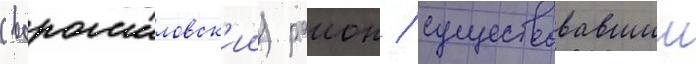
(ворошиловск'ии) раион / существовавшии